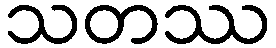
သတဿ